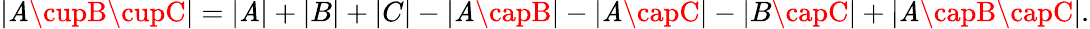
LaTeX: |\mathit{A}\cupB\cupC|=|\mathit{A}|+|B|+|C|-|\mathit{A}\capB|-|\mathit{A}\capC|-|B\capC|+|\mathit{A}\capB\capC|.